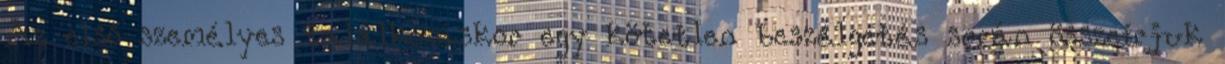
Az első személyes találkozáskor egy kötetlen beszélgetés során összeírjuk